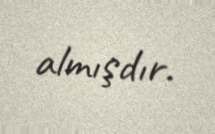
almışdır.